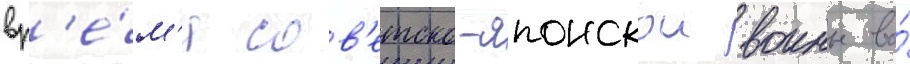
вр'е́м'я сов'етско-японскои воины во́